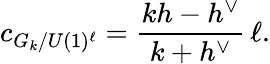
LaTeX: c_{G_{k}/U(1)^{\ell}}=\frac{kh-h^{\vee}}{k+h^{\vee}}\, \ell.